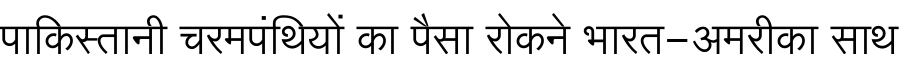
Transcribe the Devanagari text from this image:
पाकिस्तानी चरमपंथियों का पैसा रोकने भारत-अमरीका साथ